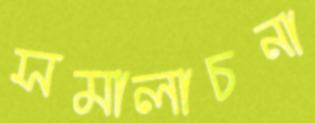
সমালাচনা